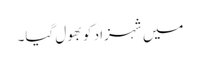
میں شہزاد کو بھول گیا۔